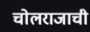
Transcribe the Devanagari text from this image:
चोलराजाची